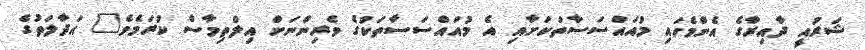
ޝަރުއީ ދާއިރާގެ އެންމެހައި މުއައްސަސާތަކަށާއި އެ މުއައްސަސާތަކުގެ ވެރިންނަށް އިލްތިމާސް ކުރަމެވެ" އަދާލަތުގެ